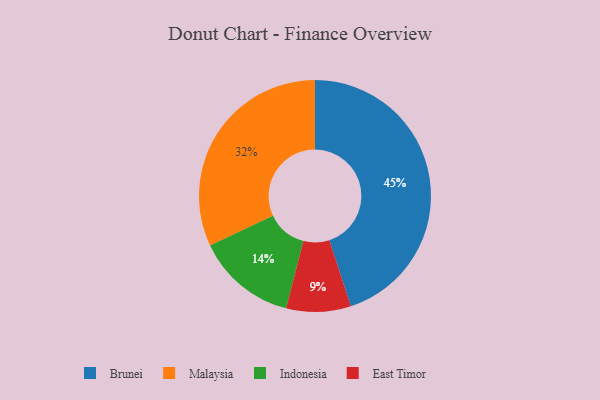
{"axis": {"x": "Category", "y": "Percentage"}, "legend": ["Brunei", "East Timor", "Indonesia", "Malaysia"], "data": [{"x": "Brunei", "y": 45, "type": "Brunei"}, {"x": "Malaysia", "y": 32, "type": "Malaysia"}, {"x": "Indonesia", "y": 14, "type": "Indonesia"}, {"x": "East Timor", "y": 9, "type": "East Timor"}]}